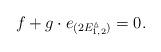
LaTeX: \begin{align*}f+g\cdot e_{(2E_{1,2}^\vartriangle)}=0. \end{align*}